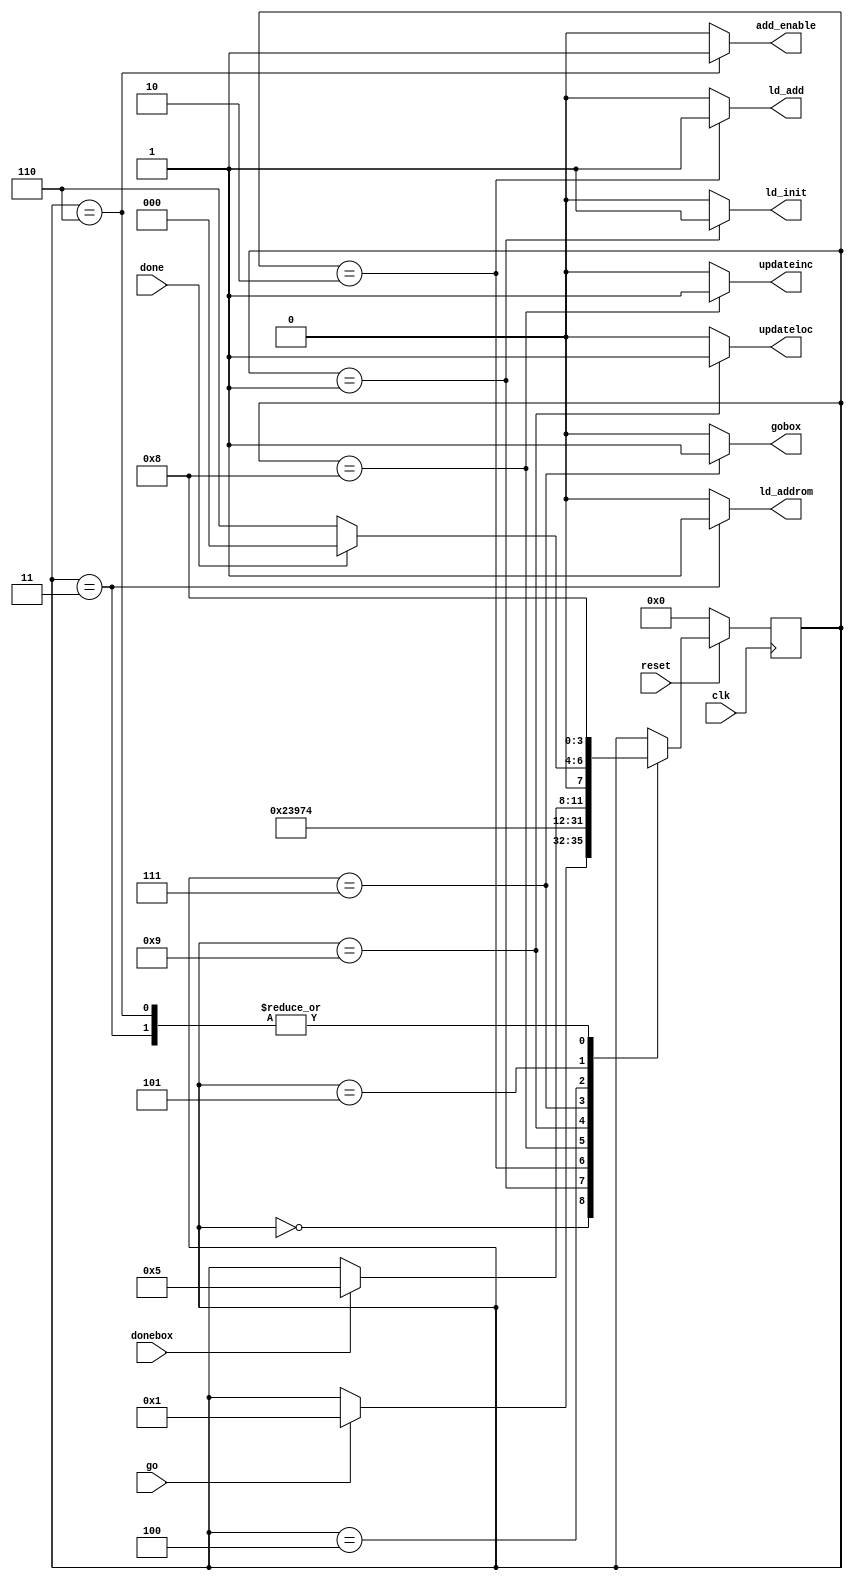
module symboldrawer_ctrl(clk, reset, go, gobox, donebox, done, ld_init, ld_add, ld_addrom, add_enable, updateloc, updateinc);
input clk, reset, go, donebox, done;
output reg ld_init, ld_add, ld_addrom, add_enable, gobox, updateloc, updateinc;

reg [3:0] currentstate, nextstate;

localparam
	WAIT = 4'd0,
	LOADR = 4'd1,
	LOADA = 4'd2,
	LOADROMA = 4'd3,
	DRAW = 4'd4,
	CHECKDONE = 4'd5,
	ADD = 4'd6,
	STARTBOX = 4'd7,
	UPINC = 4'd8,
	UPLOC = 4'd9;
	
	
	always @ (posedge clk) begin
		if (!reset) currentstate <= WAIT;
		else currentstate <= nextstate;
	end

always@(*)
begin
	//defaults
	ld_init = 1'b0;
	ld_add = 1'b0;
	ld_addrom = 1'b0;
	gobox= 1'b0;
	add_enable = 1'b0;
	updateloc = 1'b0;
	updateinc = 1'b0;
	nextstate = currentstate;
	
	case(currentstate)
		WAIT: if(go) nextstate = LOADR;
		LOADR: begin 
			ld_init = 1'b1;
			nextstate = LOADA;
		end
		LOADA: begin
			ld_add = 1'b1;
			nextstate = LOADROMA;
		end
		LOADROMA: begin
			ld_addrom = 1'b1;
			nextstate = UPINC;
		end
		UPINC: begin
			updateinc = 1'b1;
			nextstate= UPLOC;
		end
		UPLOC: begin
			updateloc = 1'b1;
			nextstate = STARTBOX;
		end
		STARTBOX: begin
			gobox= 1'b1;
			nextstate = DRAW;
		end
		DRAW: begin
			if (donebox) nextstate = CHECKDONE;
		end
		CHECKDONE: nextstate = done? WAIT: ADD;
		ADD: begin
			add_enable = 1'b1;
			nextstate = UPINC;
		end


	endcase
	
end

endmodule